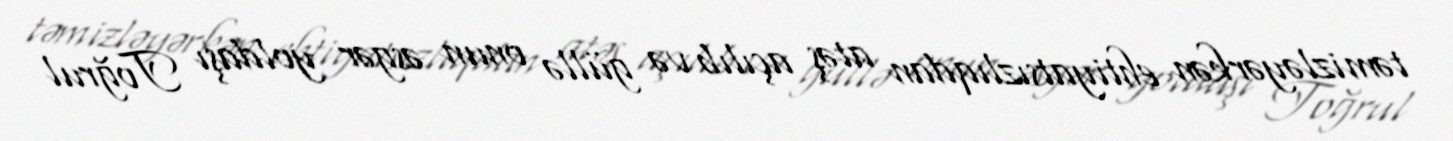
təmizləyərkən ehtiyatsızlıqdan atəş açılıb və güllə onun əsgər yoldaşı Toğrul